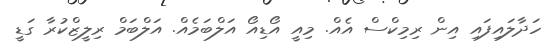
ހަދާލައިފައި އިން ރިމިކްސް އެއް. މިއީ އޯޑިއޯ އަލްބަމެއް. އަލްބަމް ރިލީޒްކުރާ ގަޑީ